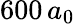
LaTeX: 600\, a_{0}